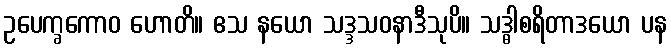
ဥပေက္ခကောဝ ဟောတိ။ ဧသ နယော သဒ္ဒသဝနာဒီသုပိ။ သဒ္ဓါစရိတာဒယော ပန